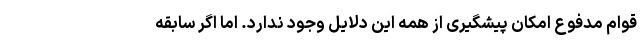
قوام مدفوع امکان پیشگیری از همه این دلایل وجود ندارد. اما اگر سابقه